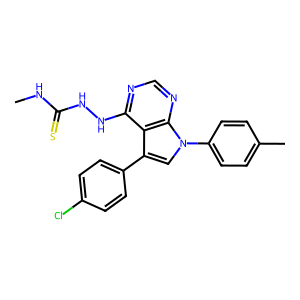
SMILES: CNC(=S)NNc1ncnc2c1c(-c1ccc(Cl)cc1)cn2-c1ccc(C)cc1
Inhibits HIV replication: No